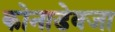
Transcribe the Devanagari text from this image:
कोनाडेवजा